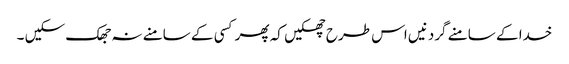
خدا کے سامنے گردنیں اس طرح جھکیں کہ پھر کسی کے سامنے نہ جھک سکیں ۔